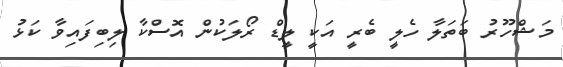
މަޝްހޫރު ބަތަލާ ހެލީ ބެރީ އަކީ ލީޑް ރޯލަކުން އޮސްކާ ލިބިފައިވާ ކަޅު